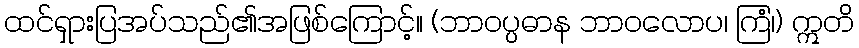
ထင်ရှားပြအပ်သည်၏အဖြစ်ကြောင့်။ (ဘာဝပ္ပဓာန ဘာဝလောပ၊ ကြံ၊) ဣတိ